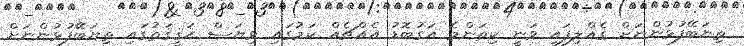
ތިޔަބޭފުޅުންނަށް ގެއްލިފައި ވަނީ ކިތަންމެ އަގުބޮޑު އެއްޗެއް ކަމުގައި ވިޔަސް ޙަޤީޤަތުގައި ތިޔަބޭފުޅުންނަށް